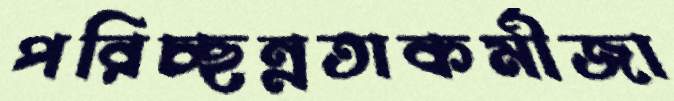
পরিচ্ছন্নতাকর্মীজা